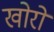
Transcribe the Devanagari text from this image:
खोरो